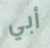
أبي